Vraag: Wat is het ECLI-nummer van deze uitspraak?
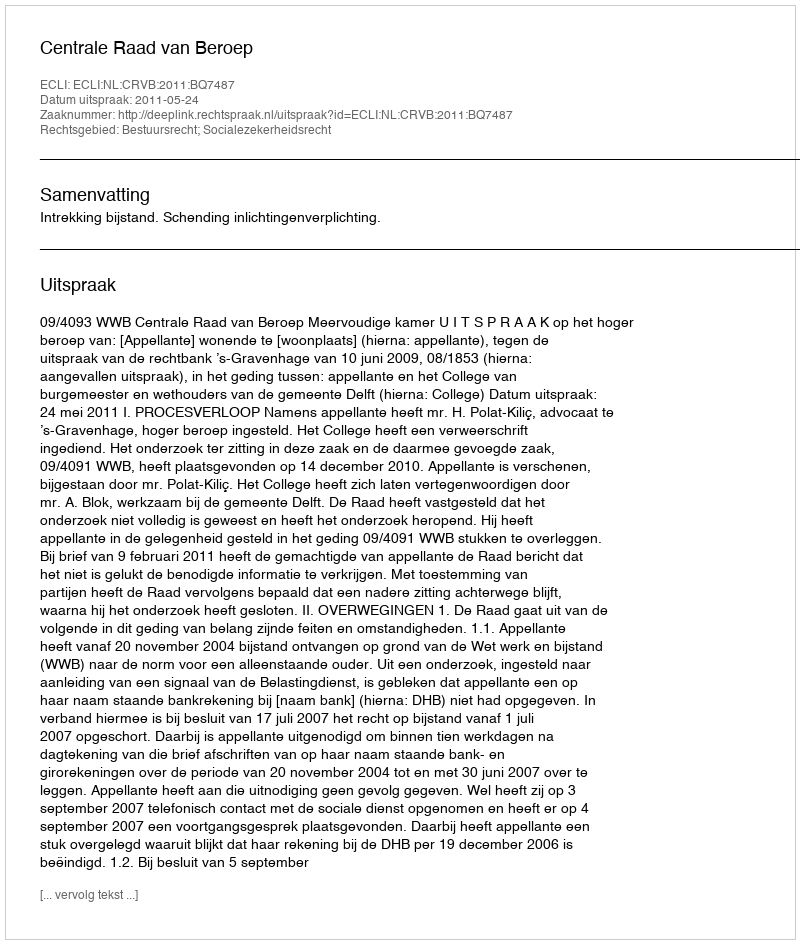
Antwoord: ECLI:NL:CRVB:2011:BQ7487